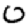
Digit: 0